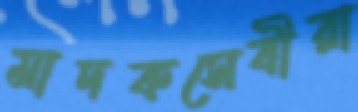
মাদকসেবীরা